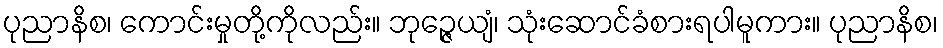
ပုညာနိစ၊ ကောင်းမှုတို့ကိုလည်း။ ဘုဉ္ဇေယျံ၊ သုံးဆောင်ခံစားရပါမူကား။ ပုညာနိစ၊